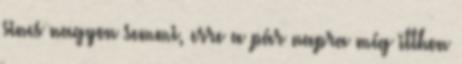
sincs nagyon semmi, erre a pár napra míg itthon